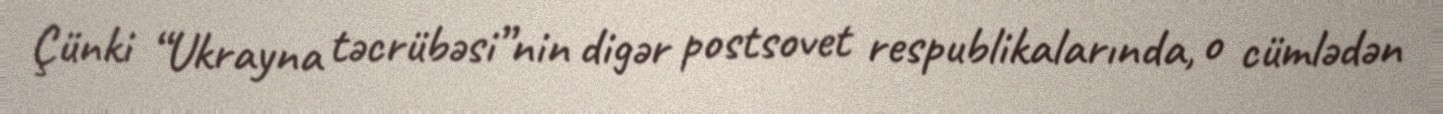
Çünki “Ukrayna təcrübəsi”nin digər postsovet respublikalarında, o cümlədən